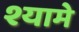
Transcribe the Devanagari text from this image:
श्यामे